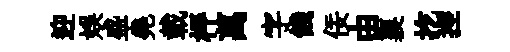
迎娱盛堯載枰萬字餞佞由襄扢控